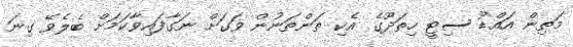
މަތިން އައްޑޫ ސިޓީ ހިތަދޫގެ އެކި ތަންތަނުން ވަގަށް ނަގާފައިވާކަމަށް ބެލެވޭ ގިނަ